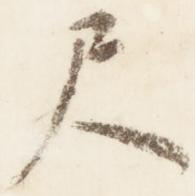
尺